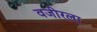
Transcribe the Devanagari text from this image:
वजीरला